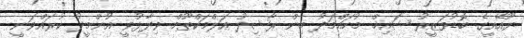
ޔޫއޭއީގެ ބޮޑުވަޒީރު ޝައިޚް މުހައްމަދު ބިން ރާޝިދު އަލްމަކްތޫމް ވިދާޅުވީ އުންމީދު ކުރައްވަނީ